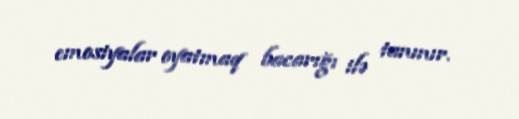
emosiyalar oyatmaq bacarığı ilə tanınır.